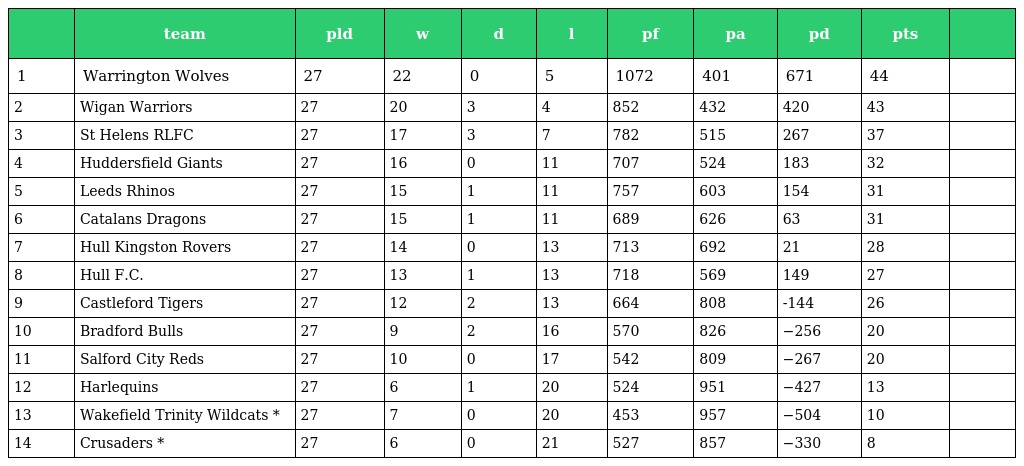
|  | team | pld | w | d | l | pf | pa | pd | pts |  |
 | --- | --- | --- | --- | --- | --- | --- | --- | --- | --- | --- |
 | 1 | Warrington Wolves | 27 | 22 | 0 | 5 | 1072 | 401 | 671 | 44 |  |
 | 2 | Wigan Warriors | 27 | 20 | 3 | 4 | 852 | 432 | 420 | 43 |  |
 | 3 | St Helens RLFC | 27 | 17 | 3 | 7 | 782 | 515 | 267 | 37 |  |
 | 4 | Huddersfield Giants | 27 | 16 | 0 | 11 | 707 | 524 | 183 | 32 |  |
 | 5 | Leeds Rhinos | 27 | 15 | 1 | 11 | 757 | 603 | 154 | 31 |  |
 | 6 | Catalans Dragons | 27 | 15 | 1 | 11 | 689 | 626 | 63 | 31 |  |
 | 7 | Hull Kingston Rovers | 27 | 14 | 0 | 13 | 713 | 692 | 21 | 28 |  |
 | 8 | Hull F.C. | 27 | 13 | 1 | 13 | 718 | 569 | 149 | 27 |  |
 | 9 | Castleford Tigers | 27 | 12 | 2 | 13 | 664 | 808 | -144 | 26 |  |
 | 10 | Bradford Bulls | 27 | 9 | 2 | 16 | 570 | 826 | −256 | 20 |  |
 | 11 | Salford City Reds | 27 | 10 | 0 | 17 | 542 | 809 | −267 | 20 |  |
 | 12 | Harlequins | 27 | 6 | 1 | 20 | 524 | 951 | −427 | 13 |  |
 | 13 | Wakefield Trinity Wildcats * | 27 | 7 | 0 | 20 | 453 | 957 | −504 | 10 |  |
 | 14 | Crusaders * | 27 | 6 | 0 | 21 | 527 | 857 | −330 | 8 |  |